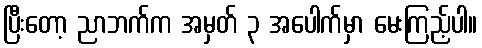
ပြီးတော့ ညာဘက်က အမှတ် ၃ အပေါက်မှာ မေးကြည့်ပါ။